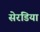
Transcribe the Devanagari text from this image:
सेरडिया